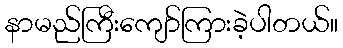
နာမည်ကြီးကျော်ကြားခဲ့ပါတယ်။